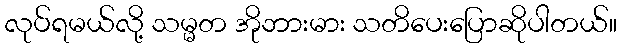
လုပ်ရမယ်လို့ သမ္မတ အိုဘားမား သတိပေးပြောဆိုပါတယ်။